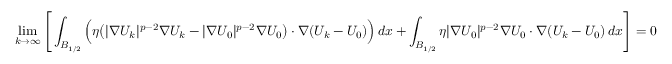
\operatorname* { l i m } _ { k \to \infty } \Bigg [ \int _ { B _ { 1 / 2 } } \Big ( \eta \big ( | \nabla U _ { k } | ^ { p - 2 } \nabla U _ { k } - | \nabla U _ { 0 } | ^ { p - 2 } \nabla U _ { 0 } \big ) \cdot \nabla ( U _ { k } - U _ { 0 } ) \Big ) \, d x + \int _ { B _ { 1 / 2 } } \eta | \nabla U _ { 0 } | ^ { p - 2 } \nabla U _ { 0 } \cdot \nabla ( U _ { k } - U _ { 0 } ) \, d x \Bigg ] = 0